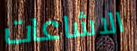
الاشاعات